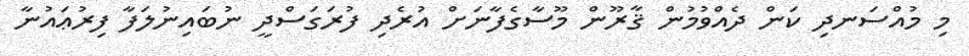
މި މުއްސަނދި ކަން ދެއްވުމުން ޤާރޫން މޫސާގެފާނަށް އުރެދި ފުރަގަސްދީ ނުބައިނުލަފާ ފިރުޢައުނާ